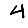
Digit: 4